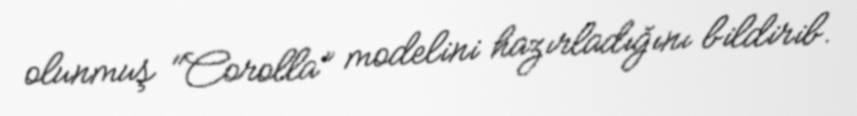
olunmuş "Corolla” modelini hazırladığını bildirib.